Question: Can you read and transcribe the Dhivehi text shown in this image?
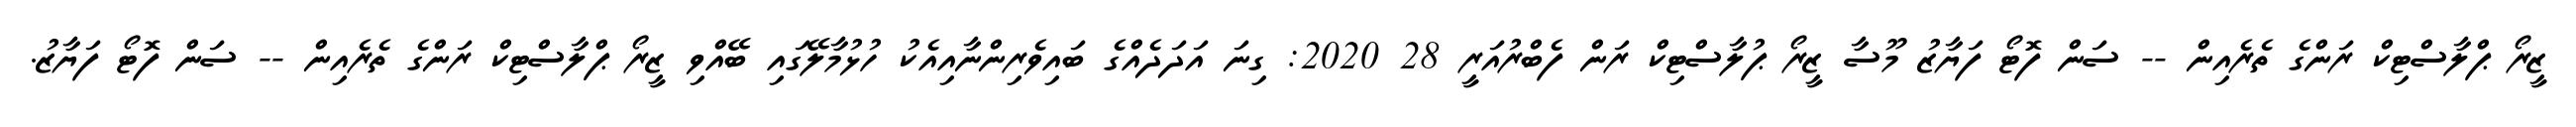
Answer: ޒީރޯ ޕްލާސްޓިކް ރަންގެ ތެރެއިން -- ސަން ފޮޓޯ ފަޔާޒު މޫސާ ޒީރޯ ޕުލާސްޓިކް ރަން ފެބްރުއަރީ 28 2020: ގިނަ އަދަދެއްގެ ބައިވެރިންނާއިއެކު ހުޅުމާލޭގައި ބޭއްވި ޒީރޯ ޕްލާސްޓިކް ރަންގެ ތެރެއިން -- ސަން ފޮޓޯ ފަޔާޒު.